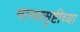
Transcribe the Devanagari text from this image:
मानवसृष्टीच्या